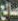
صالح